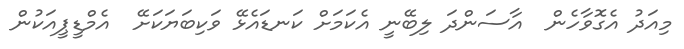
މިއަދު އެގޮވާހެން  އާސަންދަ ލިބޭނީ އެކަމަށް ކަނޑައެޅޭ ވަކިބަޔަކަށޭ  އެމްޑީޕީއަކުން